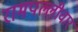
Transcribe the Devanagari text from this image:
रामपल्लीवार